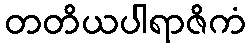
တတိယပါရာဇိကံ